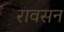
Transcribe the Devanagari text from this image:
रावसन